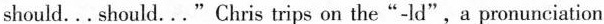
should... should..."Chris trips on the"-ld",a pronunciation